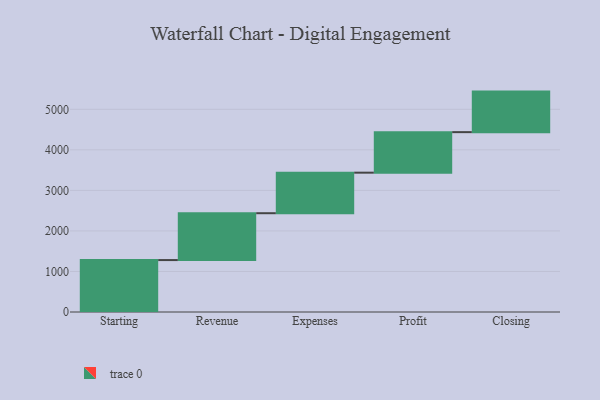
{"axis": {"x": "Step", "y": "Value"}, "legend": [""], "data": [{"x": "Starting", "y": 1281.0, "type": ""}, {"x": "Revenue", "y": 1156.0, "type": ""}, {"x": "Expenses", "y": 1000, "type": ""}, {"x": "Profit", "y": 1000, "type": ""}, {"x": "Closing", "y": 1000, "type": ""}]}